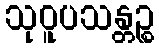
သုဝူပသန္တဉ္စ